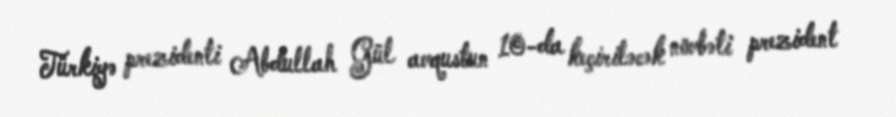
Türkiyə prezidenti Abdullah Gül avqustun 10-da keçiriləcək növbəti prezident